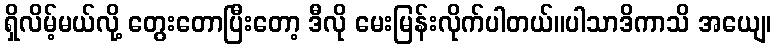
ရှိလိမ့်မယ်လို့ တွေးတောပြီးတော့ ဒီလို မေးမြန်းလိုက်ပါတယ်။ပါသာဒိကာသိ အယျေ၊